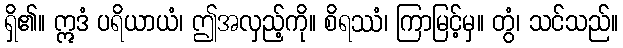
ရှိ၏။ ဣဒံ ပရိယာယံ၊ ဤအလှည့်ကို။ စိရဿံ၊ ကြာမြင့်မှ။ တွံ၊ သင်သည်။